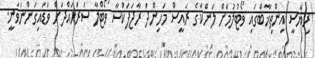
ރިޔާސީ އިންތިޚާބްގައި ވޯޓުލުމަށް ލަންކާގެ ރައީސް މަހިންދަ ރާޖަޕަކްސާ ވޯޓްލާ ސަރަހައްދަށް ވަޑައިގަންނަވަނީ.